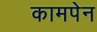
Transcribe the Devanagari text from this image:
कामपेन